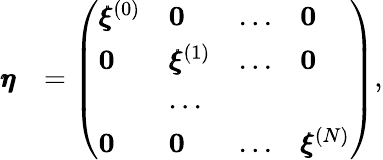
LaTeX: \begin{array}{rl}{\pmb{\eta}}&{=\left(\begin{array}{llll}{\pmb{\xi}^{(0)}}&{\mathbf{0}}&{...}&{\mathbf{0}}\\ {\mathbf{0}}&{\pmb{\xi}^{(1)}}&{...}&{\mathbf{0}}\\ &{...}\\ {\mathbf{0}}&{\mathbf{0}}&{...}&{\pmb{\xi}^{(N)}}\end{array}\right),}\end{array}